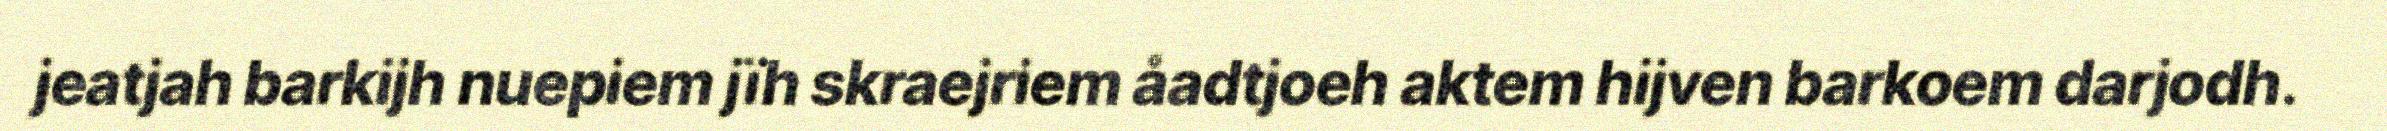
jeatjah barkijh nuepiem jïh skraejriem åadtjoeh aktem hijven barkoem darjodh.